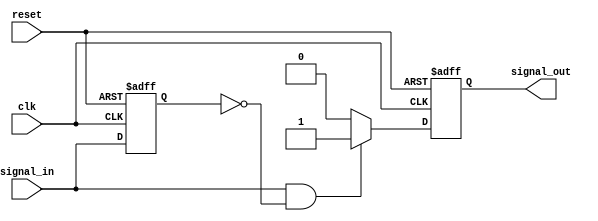
module pos_edge_detector (
    input wire clk,          // Clock signal
    input wire reset,        // Reset signal
    input wire signal_in,    // Input signal
    output reg signal_out    // Output signal
);

// Internal register to hold the previous state of the input signal
reg signal_in_prev;

// Sequential logic to sample the input signal on the rising edge of the clock
always @(posedge clk or posedge reset) begin
    if (reset) begin
        // Initialize the memory and output on reset
        signal_in_prev <= 1'b0;
        signal_out <= 1'b0;
    end else begin
        // Store the current state of signal_in
        signal_in_prev <= signal_in;

        // Edge detection logic
        if (signal_in && !signal_in_prev) begin
            // Rising edge detected
            signal_out <= 1'b1; // Set output high for one clock cycle
        end else begin
            signal_out <= 1'b0; // Reset output to low
        end
    end
end

endmodule